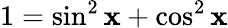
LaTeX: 1=\sin^{2}\mathbf{x}+\cos^{2}\mathbf{x}